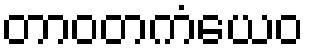
တာဝတကံယေဝ